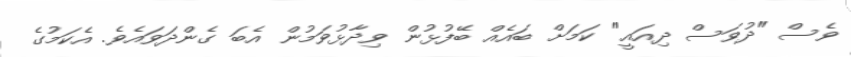
ވެސް "ދުވަސް ދިއައީ" ކަމަށް ބައެއް ބޭފުޅުން ވިދާޅުވަމުން އެބަ ގެންދަވައެވެ. އެކަމުގެ